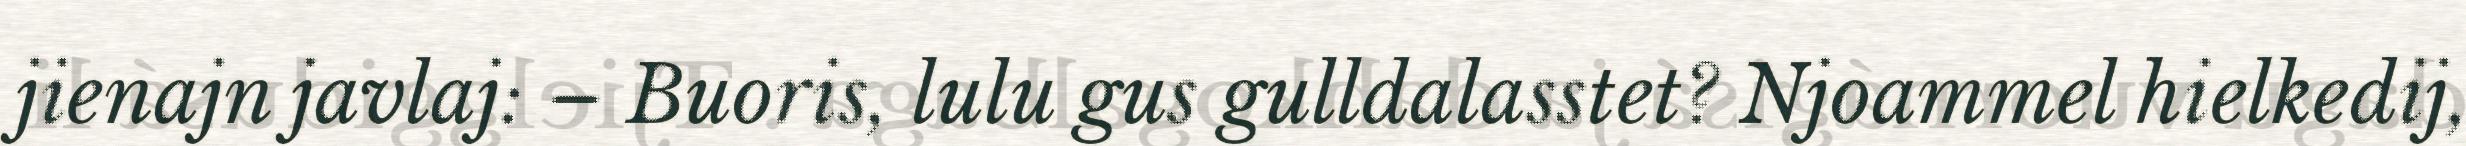
jienajn javlaj: – Buoris, lulu gus gulldalasstet? Njoammel hielkedij,